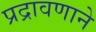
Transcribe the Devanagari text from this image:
प्रद्रावणाने